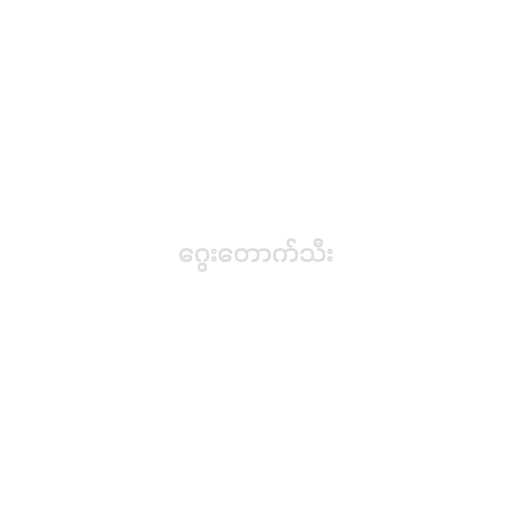
ဂွေးတောက်သီး